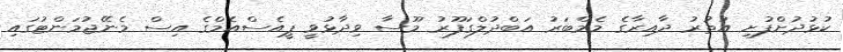
ކުޅުދުށްފުށި އުތުރު ދާއިރާގެ މެމްބަރު އަބްދުލްގަފޫރު މޫސާ ވިދާޅުވީ ޕީއެސްއެމްގެ އިސް މެނޭޖުމަންޓުގައި